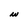
Character: w